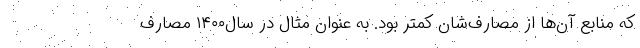
که منابع آن‌ها از مصارف‌شان کمتر بود. به عنوان مثال در سال۱۴۰۰ مصارف